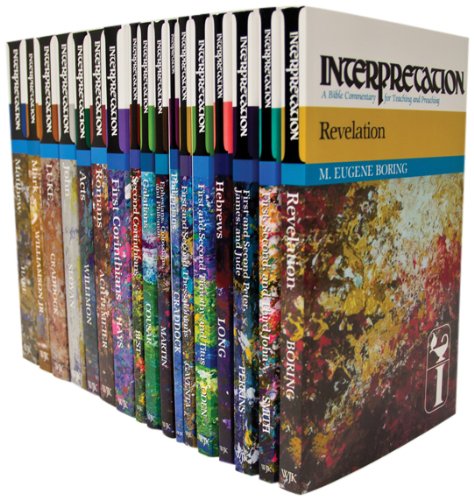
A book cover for Interpretation, New Testament Series Set (17 volume sets) (Interpretation: a Bible Commentary for Teaching and Preaching); Christian Books & Bibles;